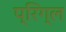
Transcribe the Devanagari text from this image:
प्रिग्ल